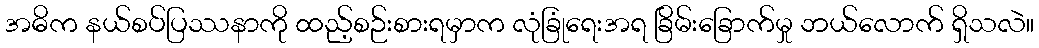
အဓိက နယ်စပ်ပြဿနာကို ထည့်စဉ်းစားရမှာက လုံခြုံရေးအရ ခြိမ်းခြောက်မှု ဘယ်လောက် ရှိသလဲ။